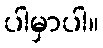
ပါမှာပါ။